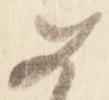
如